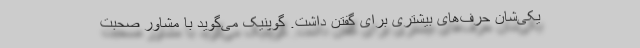
یکی‌شان حرف‌های بیشتری برای گفتن داشت. گوپنیک می‌گوید با مشاور صحبت